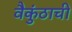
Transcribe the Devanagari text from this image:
वैकुंठाची